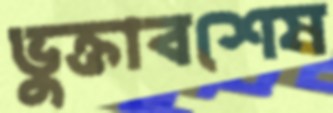
ভুক্তাবশেষ